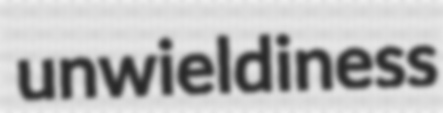
unwieldiness